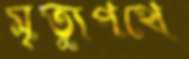
মৃত্যুপথে